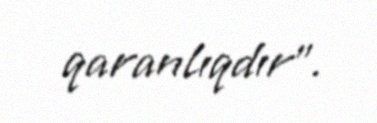
qaranlıqdır”.